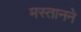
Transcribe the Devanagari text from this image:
मस्तानने